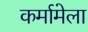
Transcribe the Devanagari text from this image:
कर्मामेला